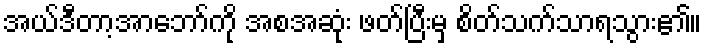
အယ်ဒီတာ့အာဘော်ကို အစအဆုံး ဖတ်ပြီးမှ စိတ်သက်သာရသွား၏။